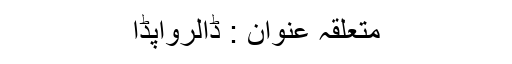
متعلقہ عنوان : ڈالرواپڈا